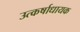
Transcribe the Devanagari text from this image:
उत्कर्षाधायक